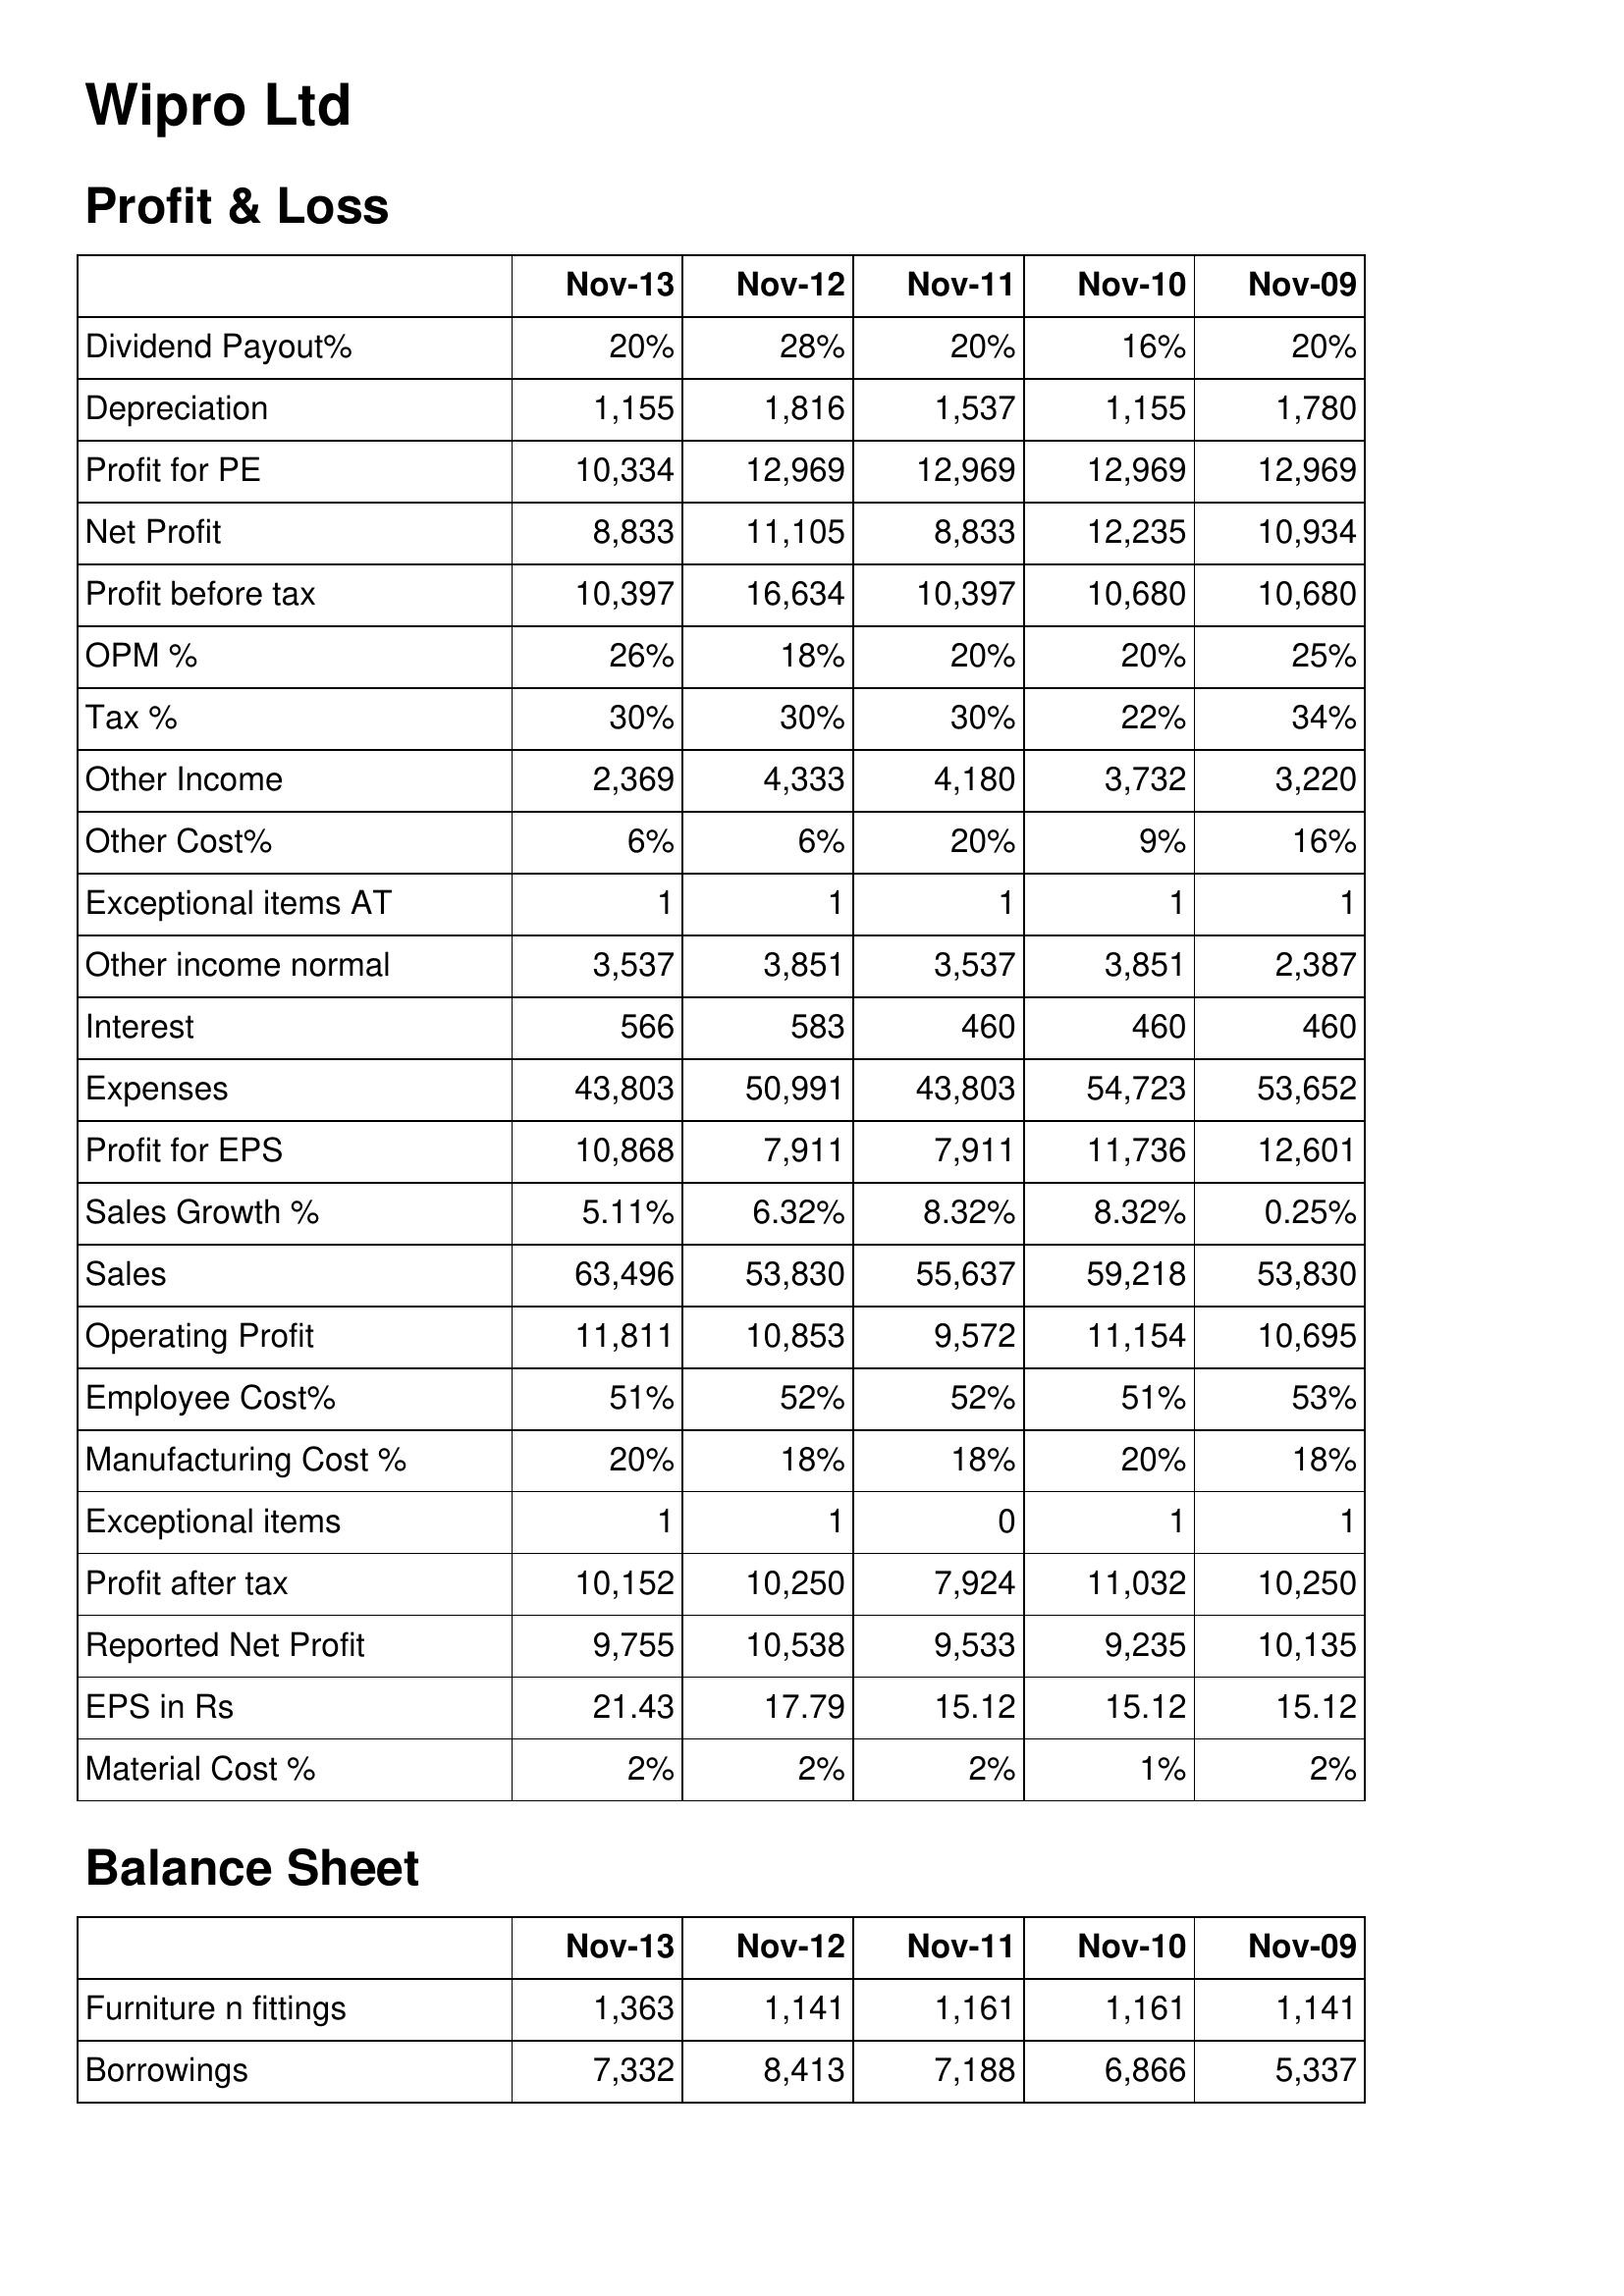
Nov-13: Profit & Loss: Dividend Payout%: 20%
Depreciation: 1,155
Profit for PE: 10,334
Net Profit: 8,833
Profit before tax: 10,397
OPM %: 26%
Tax %: 30%
Other Income: 2,369
Other Cost%: 6%
Exceptional items AT: 1
Other income normal: 3,537
Interest: 566
Expenses: 43,803
Profit for EPS: 10,868
Sales Growth %: 5.11%
Sales: 63,496
Operating Profit: 11,811
Employee Cost%: 51%
Manufacturing Cost %: 20%
Exceptional items: 1
Profit after tax: 10,152
Reported Net Profit: 9,755
EPS in Rs: 21.43
Material Cost %: 2%
Balance Sheet: Furniture n fittings: 1,363
Borrowings: 7,332
Nov-12: Profit & Loss: Dividend Payout%: 28%
Depreciation: 1,816
Profit for PE: 12,969
Net Profit: 11,105
Profit before tax: 16,634
OPM %: 18%
Tax %: 30%
Other Income: 4,333
Other Cost%: 6%
Exceptional items AT: 1
Other income normal: 3,851
Interest: 583
Expenses: 50,991
Profit for EPS: 7,911
Sales Growth %: 6.32%
Sales: 53,830
Operating Profit: 10,853
Employee Cost%: 52%
Manufacturing Cost %: 18%
Exceptional items: 1
Profit after tax: 10,250
Reported Net Profit: 10,538
EPS in Rs: 17.79
Material Cost %: 2%
Balance Sheet: Furniture n fittings: 1,141
Borrowings: 8,413
Nov-11: Profit & Loss: Dividend Payout%: 20%
Depreciation: 1,537
Profit for PE: 12,969
Net Profit: 8,833
Profit before tax: 10,397
OPM %: 20%
Tax %: 30%
Other Income: 4,180
Other Cost%: 20%
Exceptional items AT: 1
Other income normal: 3,537
Interest: 460
Expenses: 43,803
Profit for EPS: 7,911
Sales Growth %: 8.32%
Sales: 55,637
Operating Profit: 9,572
Employee Cost%: 52%
Manufacturing Cost %: 18%
Exceptional items: 0
Profit after tax: 7,924
Reported Net Profit: 9,533
EPS in Rs: 15.12
Material Cost %: 2%
Balance Sheet: Furniture n fittings: 1,161
Borrowings: 7,188
Nov-10: Profit & Loss: Dividend Payout%: 16%
Depreciation: 1,155
Profit for PE: 12,969
Net Profit: 12,235
Profit before tax: 10,680
OPM %: 20%
Tax %: 22%
Other Income: 3,732
Other Cost%: 9%
Exceptional items AT: 1
Other income normal: 3,851
Interest: 460
Expenses: 54,723
Profit for EPS: 11,736
Sales Growth %: 8.32%
Sales: 59,218
Operating Profit: 11,154
Employee Cost%: 51%
Manufacturing Cost %: 20%
Exceptional items: 1
Profit after tax: 11,032
Reported Net Profit: 9,235
EPS in Rs: 15.12
Material Cost %: 1%
Balance Sheet: Furniture n fittings: 1,161
Borrowings: 6,866
Nov-09: Profit & Loss: Dividend Payout%: 20%
Depreciation: 1,780
Profit for PE: 12,969
Net Profit: 10,934
Profit before tax: 10,680
OPM %: 25%
Tax %: 34%
Other Income: 3,220
Other Cost%: 16%
Exceptional items AT: 1
Other income normal: 2,387
Interest: 460
Expenses: 53,652
Profit for EPS: 12,601
Sales Growth %: 0.25%
Sales: 53,830
Operating Profit: 10,695
Employee Cost%: 53%
Manufacturing Cost %: 18%
Exceptional items: 1
Profit after tax: 10,250
Reported Net Profit: 10,135
EPS in Rs: 15.12
Material Cost %: 2%
Balance Sheet: Furniture n fittings: 1,141
Borrowings: 5,337